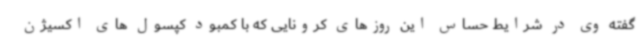
گفته وی در شرایط حساس این روزهای کرونایی که با کمبود کپسول های اکسیژن